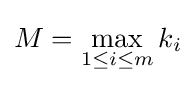
M=\max _{1\leq i\leq m}{k_{i}}